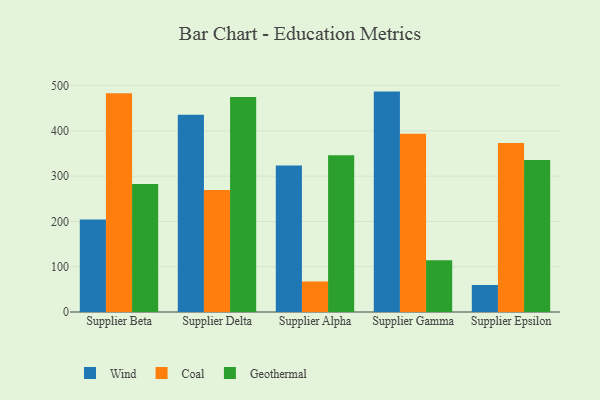
{"axis": {"x": "Supplier", "y": "Demand Index"}, "legend": ["Coal", "Geothermal", "Wind"], "data": [{"x": "Supplier Beta", "y": 204.3, "type": "Wind"}, {"x": "Supplier Beta", "y": 483.3, "type": "Coal"}, {"x": "Supplier Beta", "y": 282.8, "type": "Geothermal"}, {"x": "Supplier Delta", "y": 435.7, "type": "Wind"}, {"x": "Supplier Delta", "y": 269.3, "type": "Coal"}, {"x": "Supplier Delta", "y": 474.8, "type": "Geothermal"}, {"x": "Supplier Alpha", "y": 323.4, "type": "Wind"}, {"x": "Supplier Alpha", "y": 67.4, "type": "Coal"}, {"x": "Supplier Alpha", "y": 346.3, "type": "Geothermal"}, {"x": "Supplier Gamma", "y": 486.9, "type": "Wind"}, {"x": "Supplier Gamma", "y": 393.8, "type": "Coal"}, {"x": "Supplier Gamma", "y": 114.4, "type": "Geothermal"}, {"x": "Supplier Epsilon", "y": 59.6, "type": "Wind"}, {"x": "Supplier Epsilon", "y": 373.4, "type": "Coal"}, {"x": "Supplier Epsilon", "y": 335.7, "type": "Geothermal"}]}